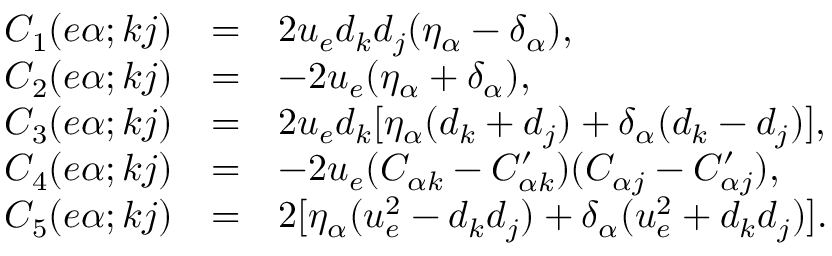
\begin{array} { r c l } { { \displaystyle C _ { 1 } ( e \alpha ; k j ) } } & { { = } } & { { 2 u _ { e } d _ { k } d _ { j } ( \eta _ { \alpha } - \delta _ { \alpha } ) , } } \\ { { \displaystyle C _ { 2 } ( e \alpha ; k j ) } } & { { = } } & { { - 2 u _ { e } ( \eta _ { \alpha } + \delta _ { \alpha } ) , } } \\ { { \displaystyle C _ { 3 } ( e \alpha ; k j ) } } & { { = } } & { { 2 u _ { e } d _ { k } [ \eta _ { \alpha } ( d _ { k } + d _ { j } ) + \delta _ { \alpha } ( d _ { k } - d _ { j } ) ] , } } \\ { { \displaystyle C _ { 4 } ( e \alpha ; k j ) } } & { { = } } & { { - 2 u _ { e } ( C _ { \alpha k } - C _ { \alpha k } ^ { \prime } ) ( C _ { \alpha j } - C _ { \alpha j } ^ { \prime } ) , } } \\ { { \displaystyle C _ { 5 } ( e \alpha ; k j ) } } & { { = } } & { { 2 [ \eta _ { \alpha } ( u _ { e } ^ { 2 } - d _ { k } d _ { j } ) + \delta _ { \alpha } ( u _ { e } ^ { 2 } + d _ { k } d _ { j } ) ] . } } \end{array}